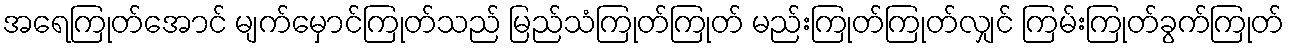
အရေကြုတ်အောင် မျက်မှောင်ကြုတ်သည် မြည်သံကြုတ်ကြုတ် မည်းကြုတ်ကြုတ်လျှင် ကြမ်းကြုတ်ခွက်ကြုတ်